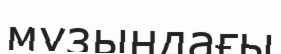
мұзындағы